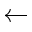
\leftarrow